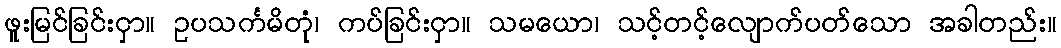
ဖူးမြင်ခြင်းငှာ။ ဥပသင်္ကမိတုံ၊ ကပ်ခြင်းငှာ။ သမယော၊ သင့်တင့်လျောက်ပတ်သော အခါတည်း။